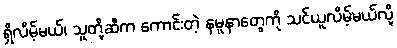
ရှိလိမ့်မယ်၊ သူတို့ဆီက ကောင်းတဲ့ နမူနာတွေကို သင်ယူလိမ့်မယ်လို့